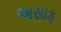
અસાફ